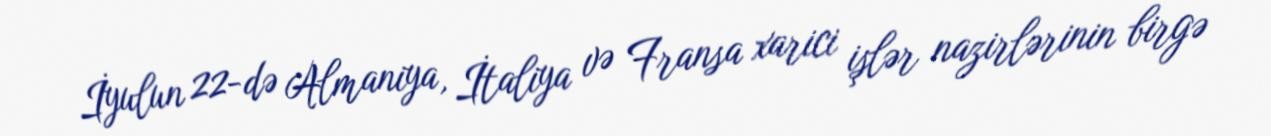
İyulun 22-də Almaniya, İtaliya və Fransa xarici işlər nazirlərinin birgə